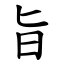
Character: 旨